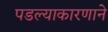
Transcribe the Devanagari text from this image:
पडल्याकारणाने